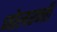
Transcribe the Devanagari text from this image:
जोलरपत्ती